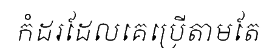
កំដរដែលគេប្រើតាមតែ